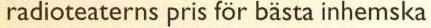
radioteaterns pris för bästa inhemska